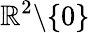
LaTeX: \mathbb{R}^{2}\backslash\{ 0\}